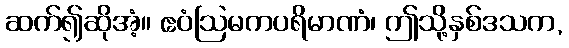
ဆက်၍ဆိုအံ့။ ဧဝံဩမကပရိမာဏံ၊ ဤသို့နှစ်ဒသက,